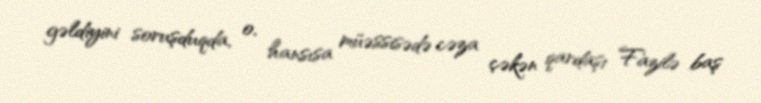
gəldiyini soruşduqda, o, hansısa müəssisədə cəza çəkən qardaşı Fazilə baş